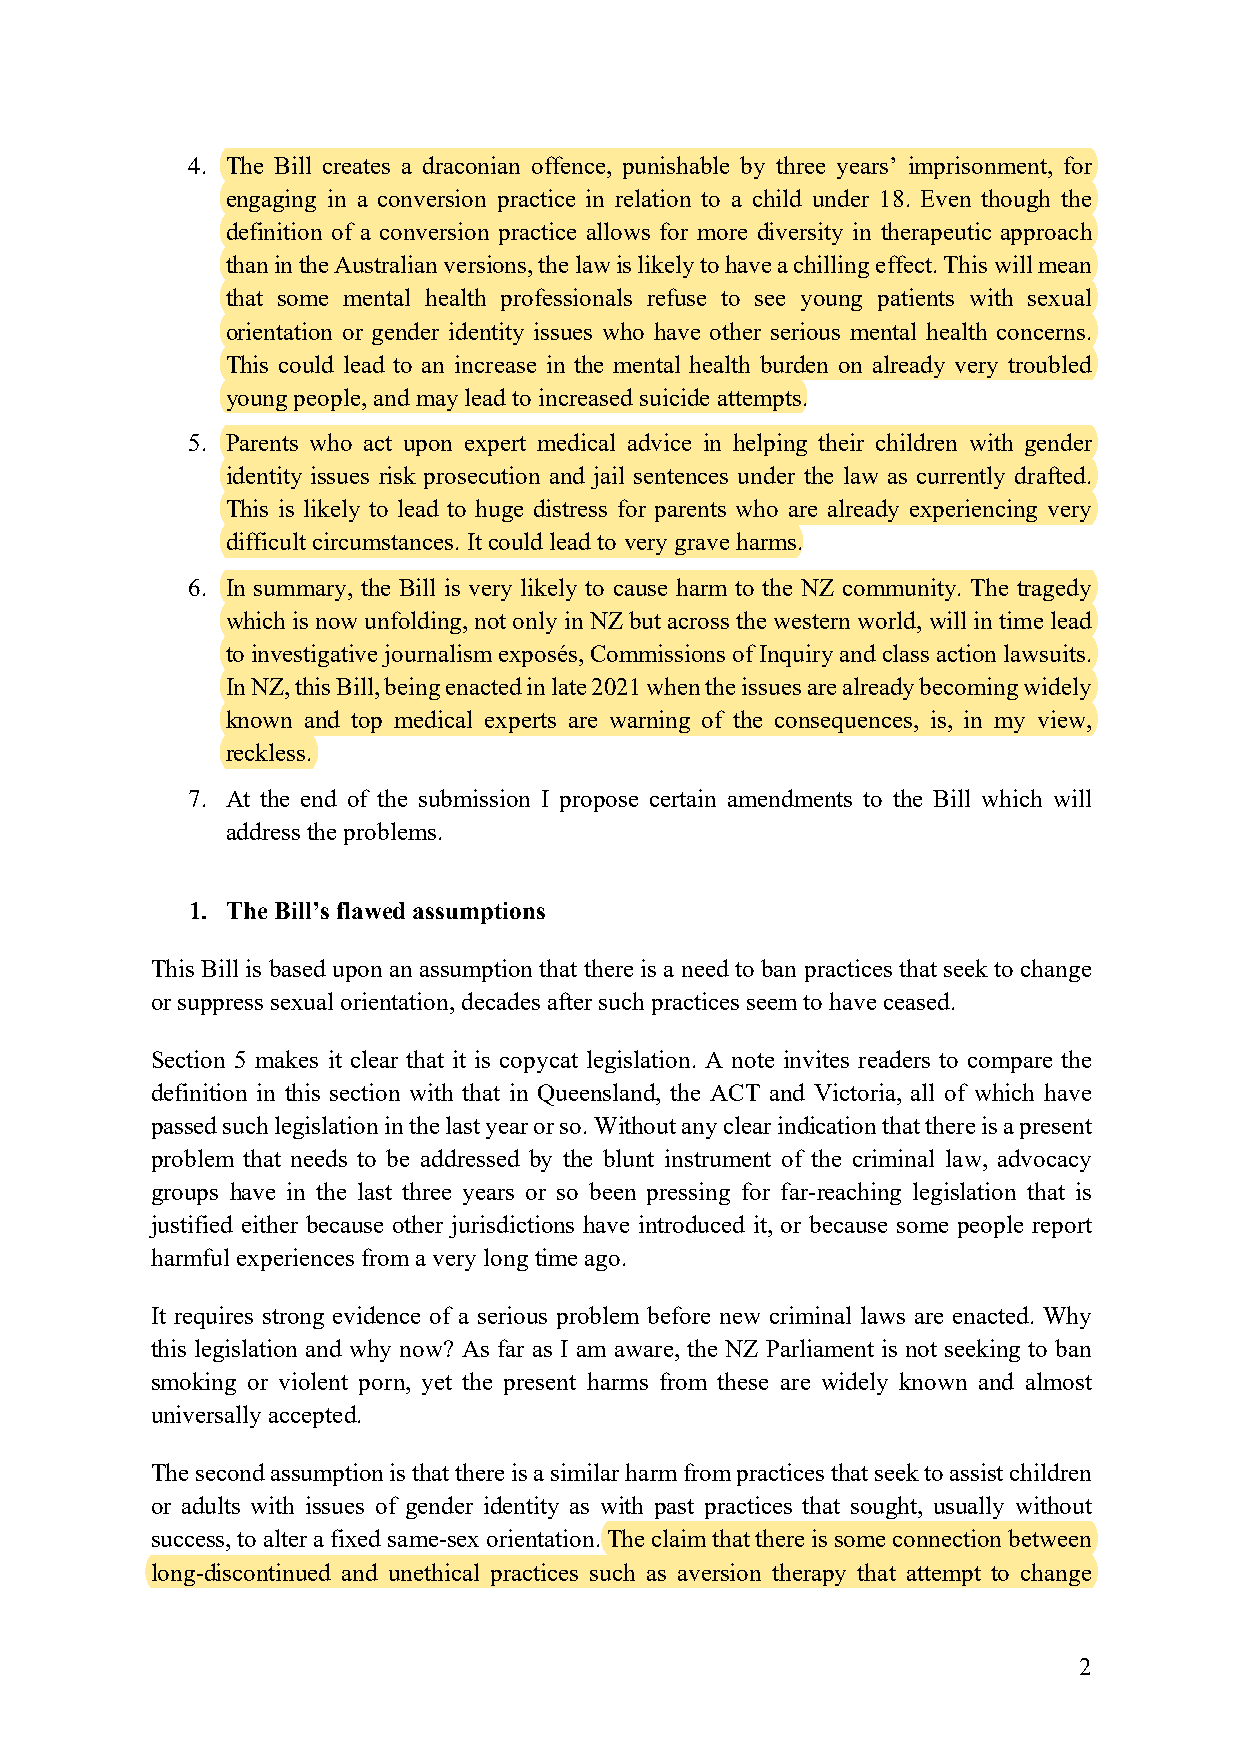
4. The Bill creates a draconian offence, punishable by three years’ imprisonment, for
 engaging in a conversion practice in relation to a child under 18. Even though the
 definition of a conversion practice allows for more diversity in therapeutic approach
 than in the Australian versions, the law is likely to have a chilling effect. This will mean
 that some mental health professionals refuse to see young patients with sexual
 orientation or gender identity issues who have other serious mental health concerns.
 This could lead to an increase in the mental health burden on already very troubled
 young people, and may lead to increased suicide attempts.
 5. Parents who act upon expert medical advice in helping their children with gender
 identity issues risk prosecution and jail sentences under the law as currently drafted.
 This is likely to lead to huge distress for parents who are already experiencing very
 difficult circumstances. It could lead to very grave harms.
 6. In summary, the Bill is very likely to cause harm to the NZ community. The tragedy
 which is now unfolding, not only in NZ but across the western world, will in time lead
 to investigative journalism exposés, Commissions of Inquiry and class action lawsuits.
 In NZ, this Bill, being enacted in late 2021 when the issues are already becoming widely
 known and top medical experts are warning of the consequences, is, in my view,
 reckless.
 7. At the end of the submission I propose certain amendments to the Bill which will
 address the problems.
 1. The Bill’s flawed assumptions
 This Bill is based upon an assumption that there is a need to ban practices that seek to change
 or suppress sexual orientation, decades after such practices seem to have ceased.
 Section 5 makes it clear that it is copycat legislation. A note invites readers to compare the
 definition in this section with that in Queensland, the ACT and Victoria, all of which have
 passed such legislation in the last year or so. Without any clear indication that there is a present
 problem that needs to be addressed by the blunt instrument of the criminal law, advocacy
 groups have in the last three years or so been pressing for far-reaching legislation that is
 justified either because other jurisdictions have introduced it, or because some people report
 harmful experiences from a very long time ago.
 It requires strong evidence of a serious problem before new criminal laws are enacted. Why
 this legislation and why now? As far as I am aware, the NZ Parliament is not seeking to ban
 smoking or violent porn, yet the present harms from these are widely known and almost
 universally accepted.
 The second assumption is that there is a similar harm from practices that seek to assist children
 or adults with issues of gender identity as with past practices that sought, usually without
 success, to alter a fixed same-sex orientation. The claim that there is some connection between
 long-discontinued and unethical practices such as aversion therapy that attempt to change
 2